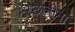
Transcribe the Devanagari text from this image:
माछलीना